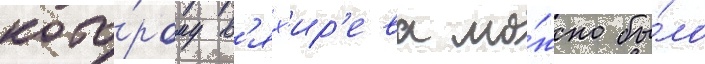
кото́рому в'ях'ир'ева мо́жно бы́ло